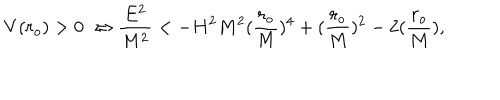
V ( r _ { o } ) > 0 \; \Leftrightarrow \frac { E ^ { 2 } } { M ^ { 2 } } < - H ^ { 2 } M ^ { 2 } ( \frac { r _ { o } } { M } ) ^ { 4 } + ( \frac { r _ { o } } { M } ) ^ { 2 } - 2 ( \frac { r _ { o } } { M } ) ,